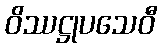
ဝိဿဋ္ဌုပသေဝီ